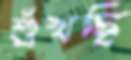
শুঁখছি